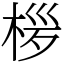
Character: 㭮